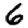
Digit: 6